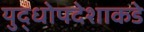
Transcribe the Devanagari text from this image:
युद्धोपदेशाकडे